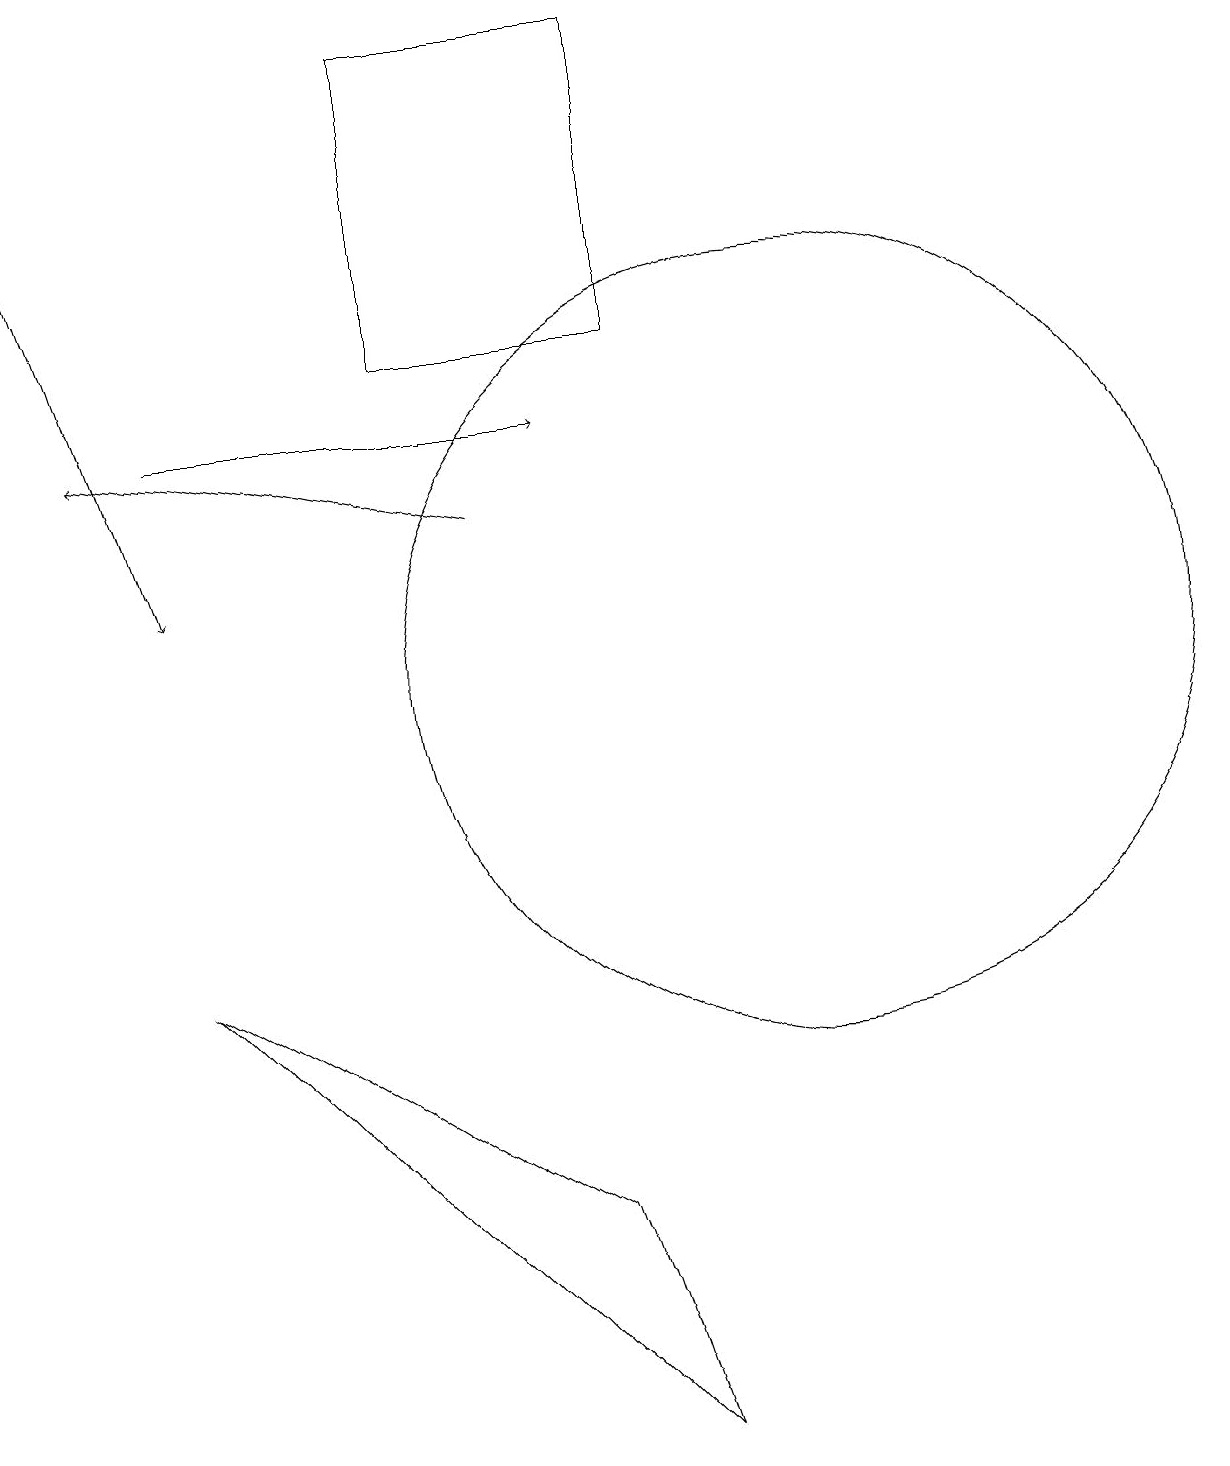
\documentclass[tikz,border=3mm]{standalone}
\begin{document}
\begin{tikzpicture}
\draw (10,10) circle (0);
\draw (5,19) rectangle (8,15);
\draw[->] (6,13) -- (1,14);
\draw[->] (2,14) -- (7,14);
\draw[->] (0,18) -- (2,12);
\draw (10,11) circle (5);
\draw (2,7) -- (7,4) -- (8,1) -- cycle;
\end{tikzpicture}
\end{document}